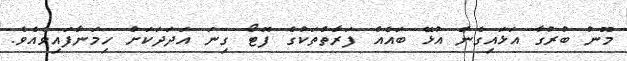
މޫނު ބުރުގާ އަޅައިގެން އުޅޭ ބައެއް ފަރާތްތަކުގެ ފޮޓޯ ގިނަ އަދަދަކަށް ހިމަނާފައިވެއެވެ.